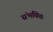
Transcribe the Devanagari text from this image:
संभवितः